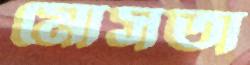
মোসতা